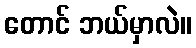
တောင် ဘယ်မှာလဲ။